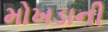
મોખડાની